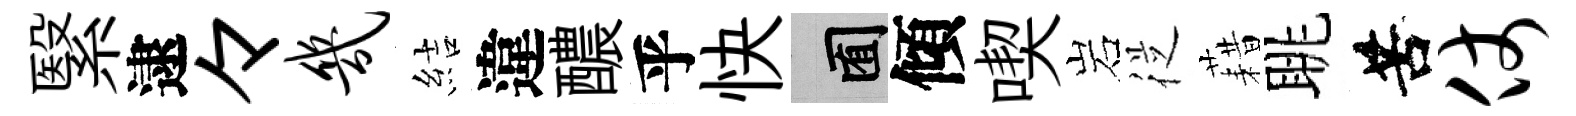
繄逮々几結違醲乎快囿傾喫岩従藉眺苦仗